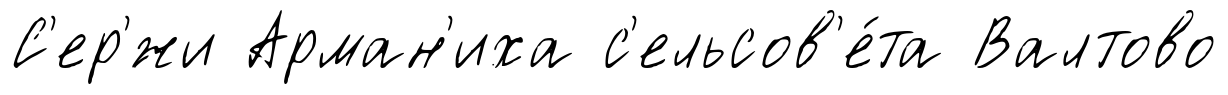
С'ер'́жи Арман'иха с'ельсов'е́та Валтово